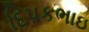
દિપકભાઇ